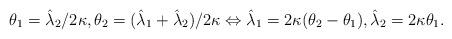
LaTeX: \begin{align*} \theta_1 = \hat{\lambda}_2/2\kappa, \theta_2 = (\hat{\lambda}_1 + \hat{\lambda}_2)/2\kappa \Leftrightarrow \hat{\lambda}_1 = 2\kappa(\theta_2-\theta_1), \hat{\lambda}_2 = 2\kappa\theta_1.\end{align*}